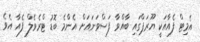
އެމިޓް ފެއާއަކީ ޔޫރަޕްގައި ބާއްވާ ފަސްވަނައަށް އެންމެ ބޮޑު ޓްރެވެލް ފެއާ އެވެ